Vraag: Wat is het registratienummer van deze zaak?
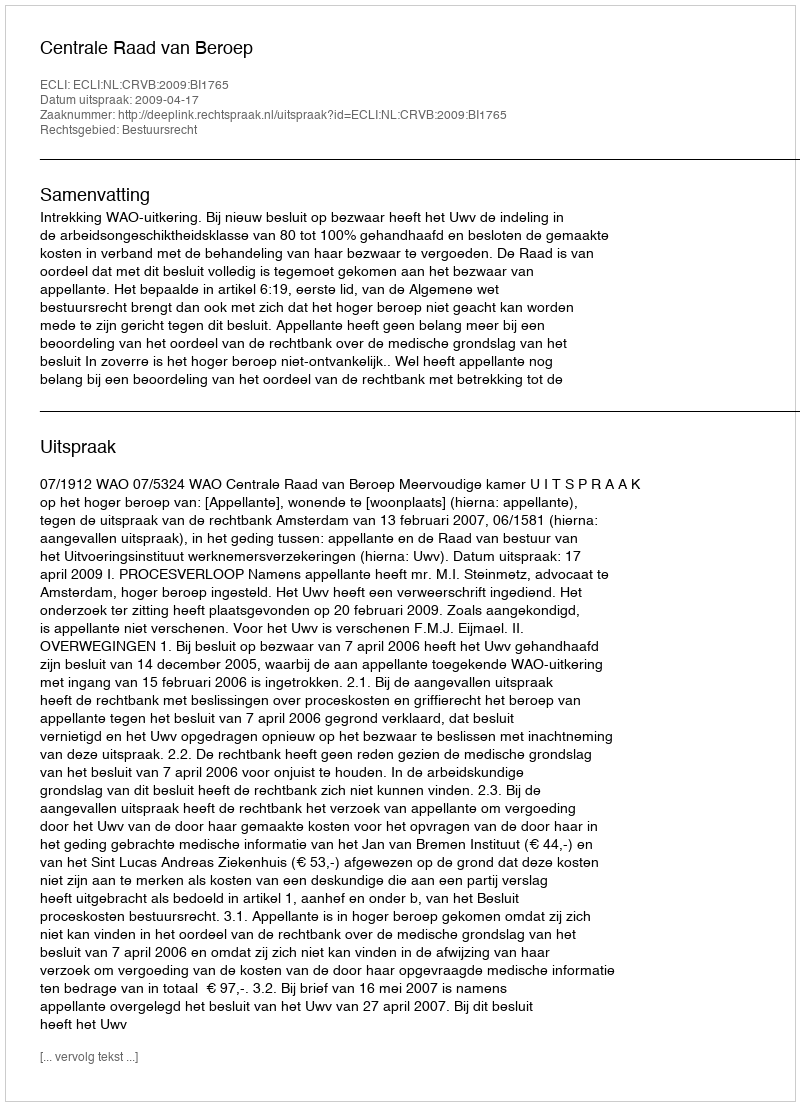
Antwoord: http://deeplink.rechtspraak.nl/uitspraak?id=ECLI:NL:CRVB:2009:BI1765